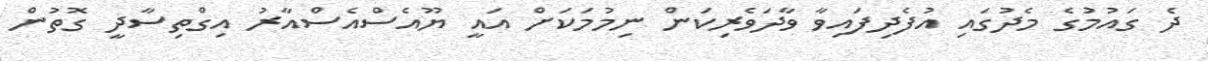
ދެ ގައުމުގެ މެދުގައި އުފެދިފައިވާ ވާދަވެރިކަން ނިމުމަކަށް އައީ ޔޫއެސްއެސްއާރު އިގްތިސާދީ ގޮތުން